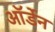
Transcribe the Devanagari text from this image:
ऑर्डेन